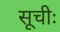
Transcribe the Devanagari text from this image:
सूचीः